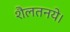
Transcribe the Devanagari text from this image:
शैलतनये।